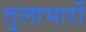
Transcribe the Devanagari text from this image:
तुलाभारों